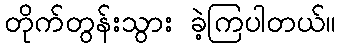
တိုက်တွန်းသွား ခဲ့ကြပါတယ်။